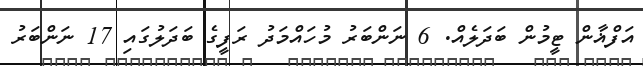
އަފްޣާން ޓީމުން ބަދަލެއް. 6 ނަންބަރު މުހައްމަދު ރަފީގެ ބަދަލުގައި 17 ނަންބަރު